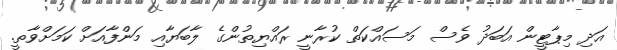
އަދި މިޕާޓީން އަބަދު ވެސް މަސައްކަތް ކުރާނީ ރައްޔިތުންގެ ލާބަޔާއި މަންފާއަށް ކަމަށްވާތީ.